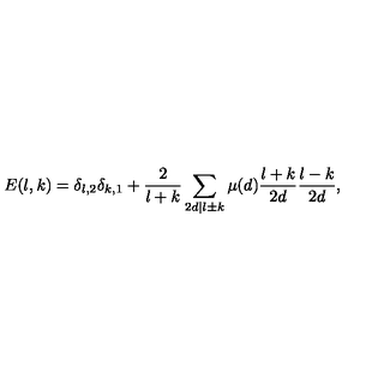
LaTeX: E ( l , k ) = \delta _ { l , 2 } \delta _ { k , 1 } + \frac { 2 } { l + k } \sum _ { 2 d | l \pm k } \mu ( d ) { \binom { \frac { l + k } { 2 d } } { \frac { l - k } { 2 d } } } ,